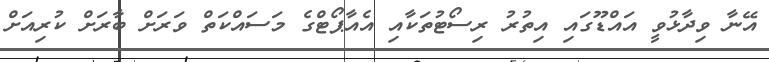
އޭނާ ވިދާޅުވީ އައްޑޫގައި އިތުރު ރިސޯޓުތަކާއި އެއާޕޯޓްގެ މަސައްކަތް ވަރަށް ބާރަށް ކުރިއަށް